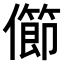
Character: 𠐉